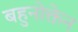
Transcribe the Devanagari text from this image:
बहुनोक्तेन